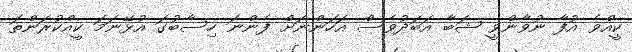
ކީއްވެ އުފާ ނުވާންވީ ޝަބާ އަބަދުވެސް އަހަންނަށް ފެންނަ ހިސާބުގަ އުޅޭނަމަ ކީއްކުރަންތަ